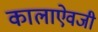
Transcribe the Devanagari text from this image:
कालाऐवजी